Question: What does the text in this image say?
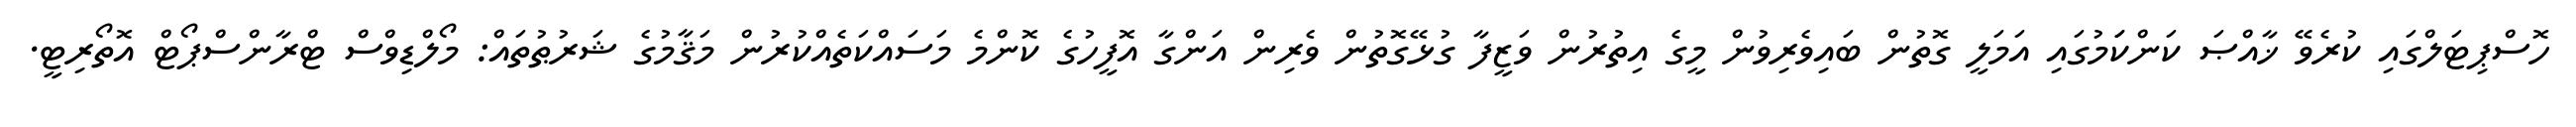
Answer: ހޮސްޕިޓަލްގައި ކުރެވޭ ޚާއްޞަ ކަންކަަމުގައި އަމަލީ ގޮތުން ބައިވެރިވުން މީގެ އިތުރުން ވަޒީފާ ގުޅޭގޮތުން ވެރިން އަންގާ އޮފީހުގެ ކޮންމެ މަސައްކަތެއްކުރުން މަޤާމުގެ ޝަރުޠުތައް: މޯލްޑިވްސް ޓްރާންސްޕޯޓް އޮތޯރިޓީ.